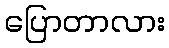
ပြောတာလား